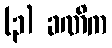
(၃) ခဏိက